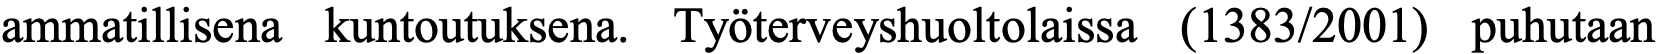
ammatillisena kuntoutuksena. Työterveyshuoltolaissa (1383/2001) puhutaan